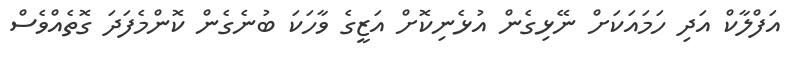
އަފްލާކް އަދި ހަމައަކަށް ނޭޅިގެން އުޅެނިކޮށް އަޒީގެ ވާހަކަ ބުނެގެން ކޮންމެފަދަ ގޮތެއްވެސް